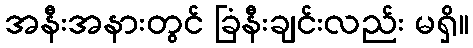
အနီးအနားတွင် ခြံနီးချင်းလည်း မရှိ။